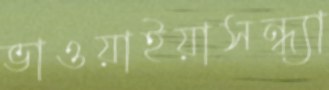
ভাওয়াইয়াসন্ধ্যা